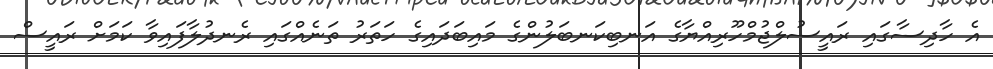
އެ ހާދިސާގައި ރައީސުލްޖުމްހޫރިއްޔާގެ އަނބިކަނބަލުންގެ މައިބަދައިގެ ހަތަރު ތަނެއްގައި ރެނދުލާފައިވާ ކަމަށް ރައީސް